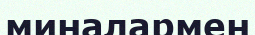
миналармен